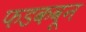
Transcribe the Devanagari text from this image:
फडकवून